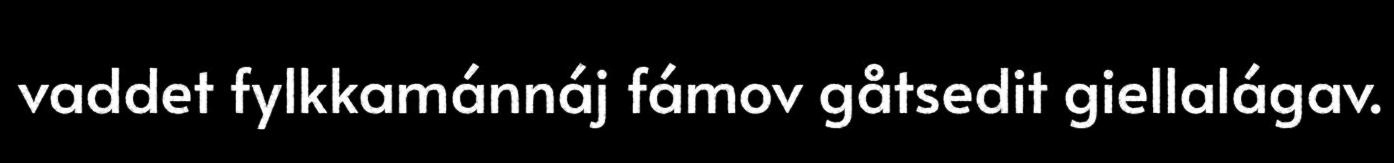
vaddet fylkkamánnáj fámov gåtsedit giellalágav.